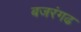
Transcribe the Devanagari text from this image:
बजरंगढ